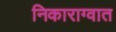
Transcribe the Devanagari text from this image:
निकाराग्वात